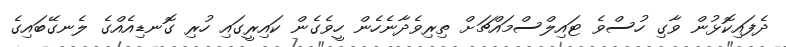
ދެފައިކޮޅުން ވާގި ހުސްވެ ޓައިލްސްމައްޗަށް ތިރިވެދާނެހެން ހީވެގެން ކައިރީގައި ހުރި ގޮނޑިއެއްގެ ލެނގޭބައިގެ